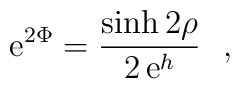
{\rm e}^{2 \Phi} =\frac{\sinh 2 \rho}{2 \,{\rm e}^h}~~,